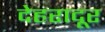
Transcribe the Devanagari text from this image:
देहरादूर